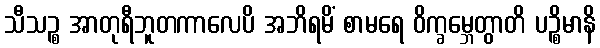
သီသဉ္စ အာတုရီဘူတကာလေပိ အဘိရမိံ စာမရေ ဝိက္ခမ္ဘေတွာတိ ပဉ္စိမာနိ